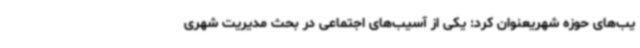
یب‌های حوزه شهریعنوان کرد: یکی از آسیب‌های اجتماعی در بحث مدیریت شهری